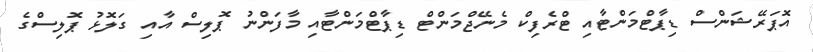
އޮޕަރޭޝަންސް ޑިޕާޓްމަންޓާއި ޓްރެފިކް މެނޭޖްމަންޓް ޑިޕާޓްމަންޓާއި މާފަންނު ޕޮލިސް އާއި ގަލޮޅު ޕޮލިސްގެ